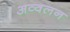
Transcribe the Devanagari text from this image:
अव्वलन